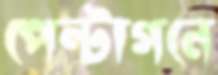
পেন্টাগনে